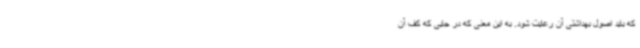
که باید اصول بهداشتی آن رعایت شود. به این معنی که در جایی که کف آن